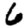
Digit: 6